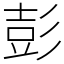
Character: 彭